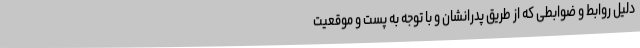
دلیل روابط و ضوابطی که از طریق پدرانشان و با توجه به پست و موقعیت